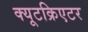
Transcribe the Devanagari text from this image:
क्यूटक्रिएटर